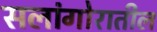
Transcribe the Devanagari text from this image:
सलांगोरातील